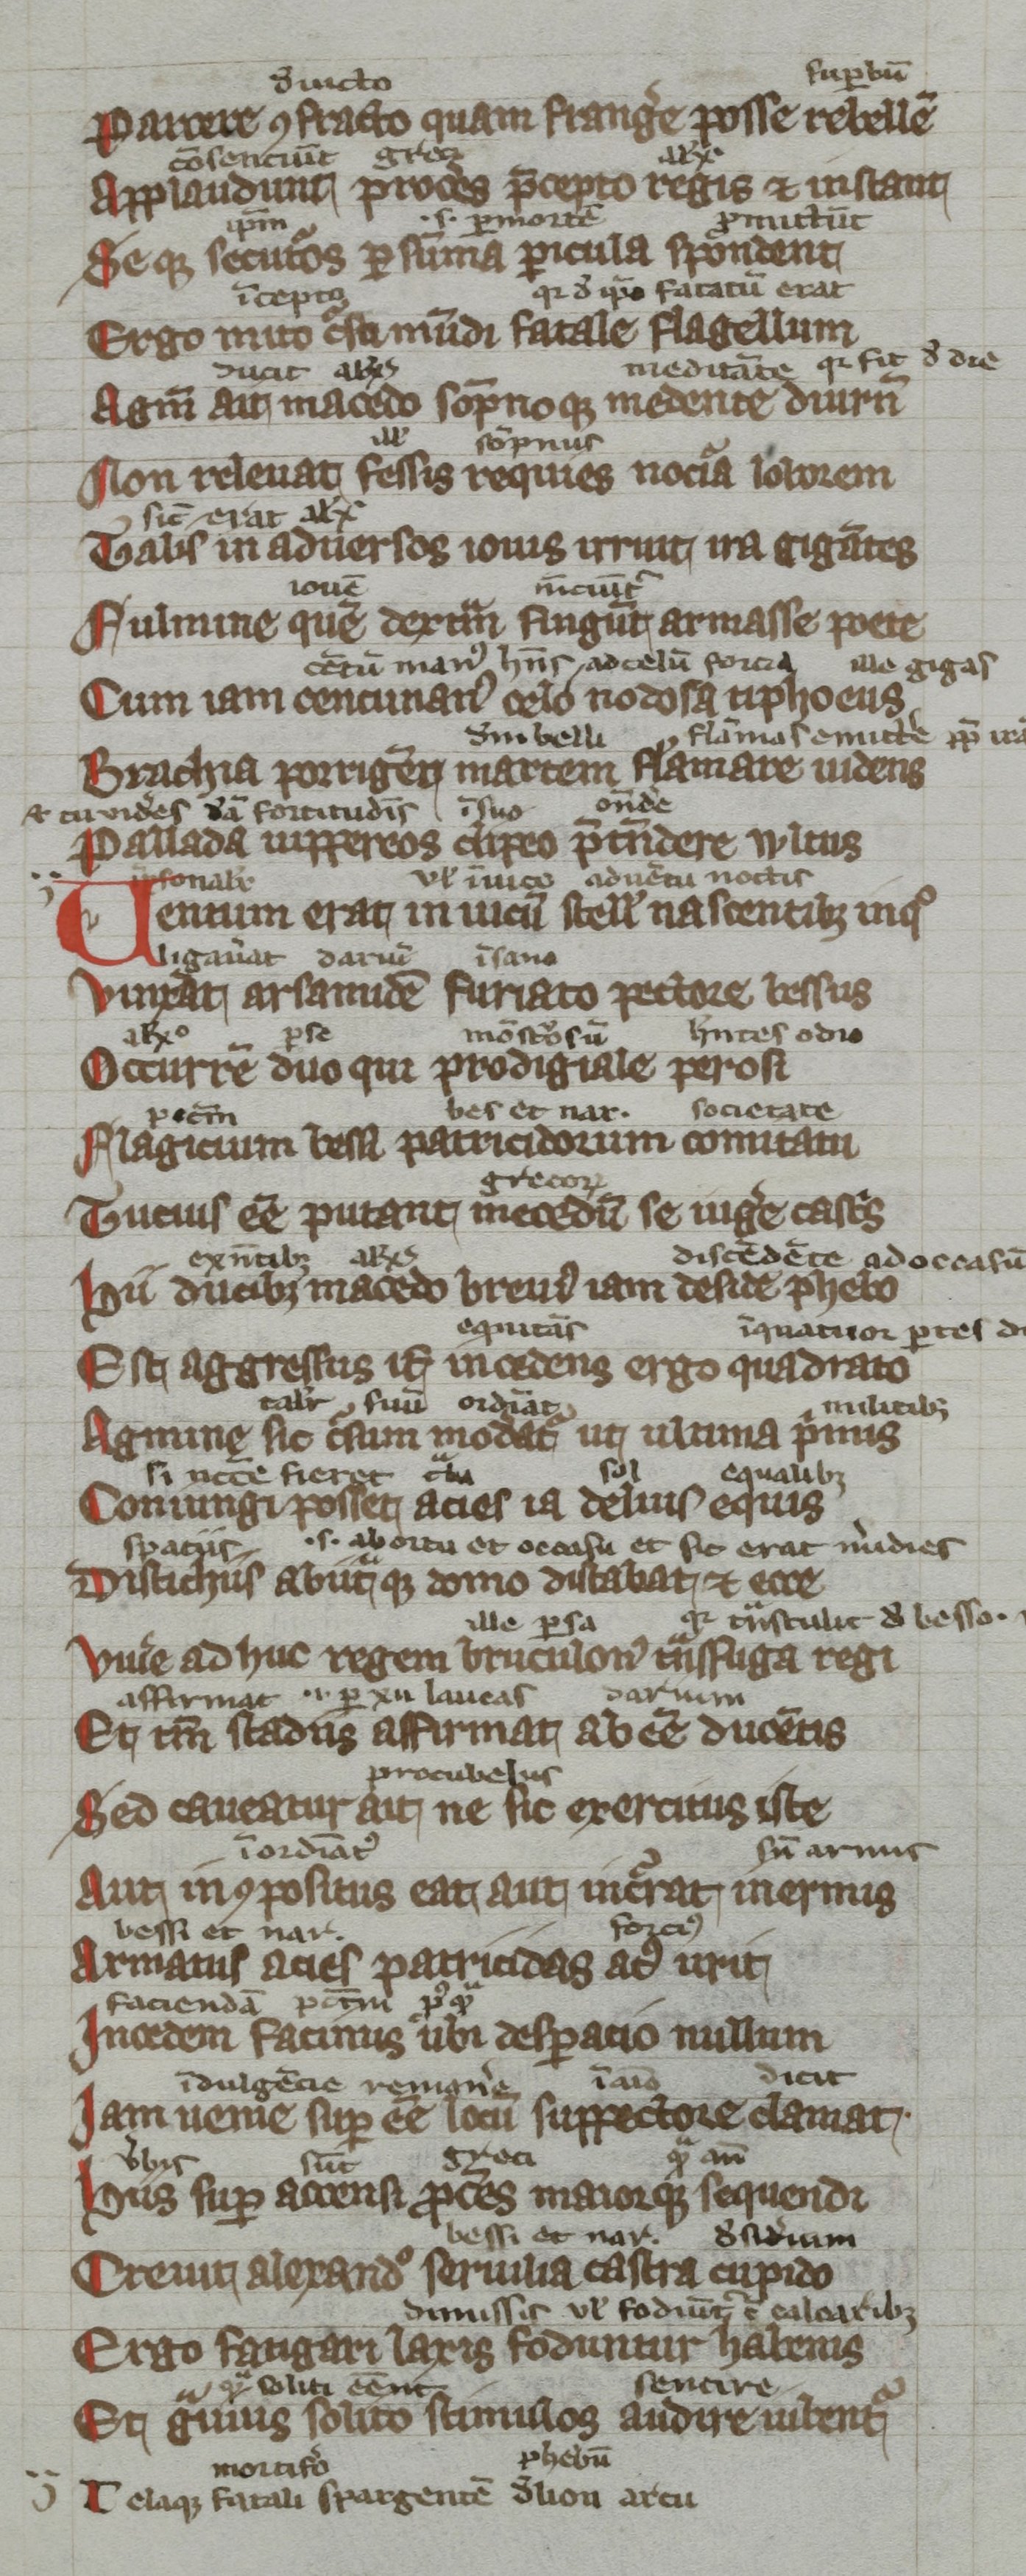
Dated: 1300–1399